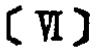
\([\mathrm{VI}]\)